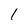
Character: 1